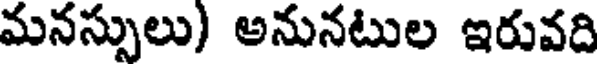
మనస్సులు) అనునటుల ఇరువది